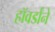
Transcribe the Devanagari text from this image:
हॉवर्डांने